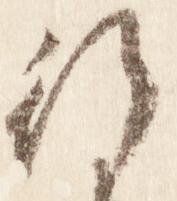
行